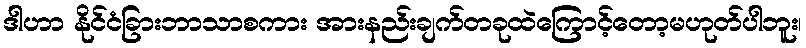
ဒါဟာ နိုင်ငံခြားဘာသာစကား အားနည်းချက်တခုထဲကြောင့်တော့မဟုတ်ပါဘူး၊